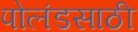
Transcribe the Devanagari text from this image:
पोलंडसाठी